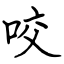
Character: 咬